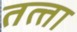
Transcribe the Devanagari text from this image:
तत्‍ता